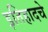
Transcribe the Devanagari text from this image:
इतिहादचे